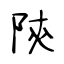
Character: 陝